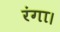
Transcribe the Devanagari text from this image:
रंगा।